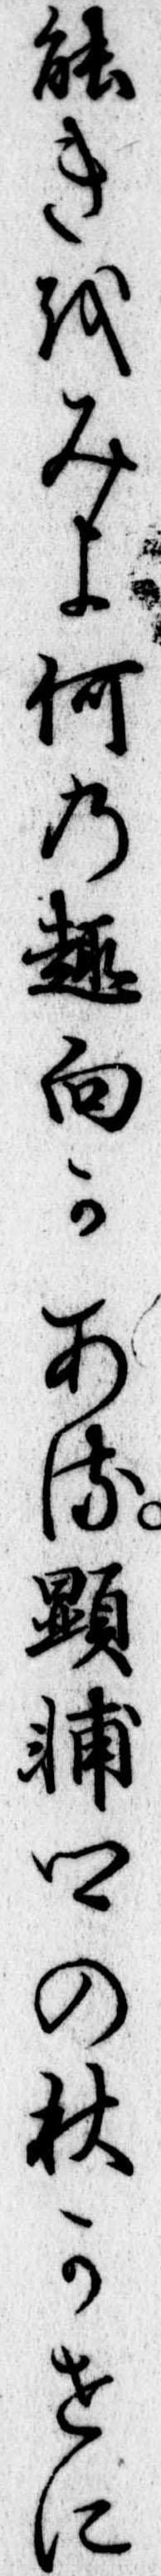
能きをみよ何の趣向かある顕輔卿の秋かせに